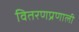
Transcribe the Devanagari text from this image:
वितरणप्रणाली